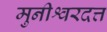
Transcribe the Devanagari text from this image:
मुनीश्वरदत्त